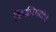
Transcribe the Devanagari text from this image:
स्थितिगतीचे